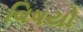
વિષયો